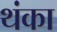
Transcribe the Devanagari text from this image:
थंका